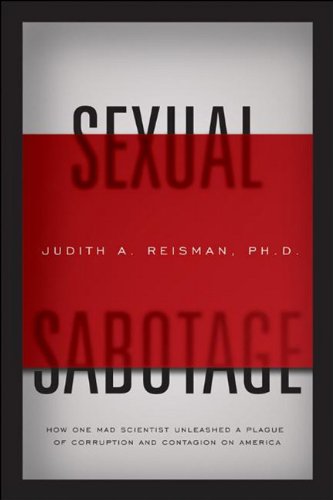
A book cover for Sexual Sabotage: How One Mad Scientist Unleashed a Plague of Corruption and Contagion on America; Dr. Judith Reisman; Politics & Social Sciences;